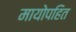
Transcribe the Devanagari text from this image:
मायोपहित